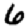
Digit: 6